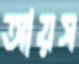
আয়স